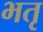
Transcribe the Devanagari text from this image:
भतृ